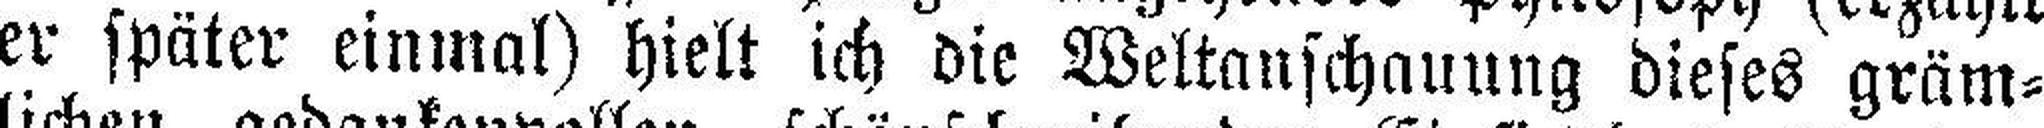
er später einmal) hielt ich die Weltanschauung dieses gräm¬